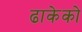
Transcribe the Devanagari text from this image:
ढाकेको